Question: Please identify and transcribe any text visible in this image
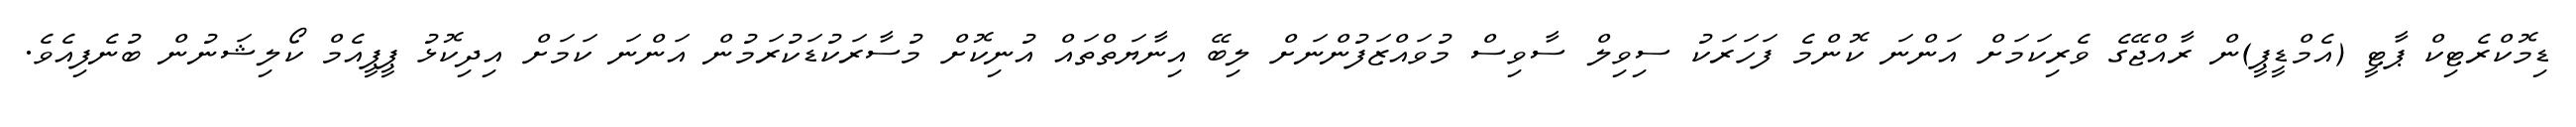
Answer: ޑިމޮކްރެޓިކް ޕާޓީ (އެމްޑީޕީ)ން ރާއްޖޭގެ ވެރިކަމަށް އަންނަ ކޮންމެ ފަހަރަކު ސިވިލް ސާވިސް މުވައްޒަފުންނަށް ލިބޭ އިނާޔަތްތައް އުނިކޮށް މުސާރަކުޑަކުރަމުން އަންނަ ކަމަށް އިދިކޮޅު ޕީޕީއެމް ކޯލިޝަނުން ބުނެފިއެވެ.